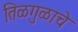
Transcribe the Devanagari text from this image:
तिळगुळाचे